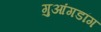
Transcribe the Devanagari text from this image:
गुआंगडांग